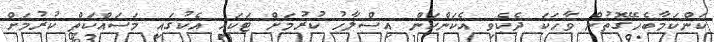
ކަންކަމާބެހޭގޮތުން ވާހަކަ ދެކެވި އެކަންކަން އިސްލާހު ކުރުމަށް ޓަކައި އެކުގައި މަސައްކަތް ކުރުމަށް